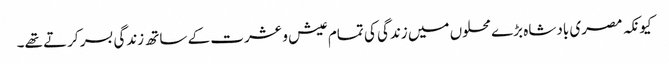
کیونکہ مصری بادشاہ بڑے محلوں میں زندگی کی تمام عیش و عشرت کے ساتھ زندگی بسر کرتے تھے۔